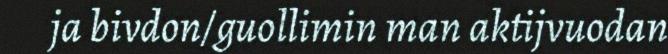
ja bivdon/guollimin man aktijvuodan